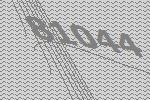
81044